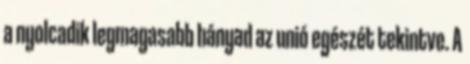
a nyolcadik legmagasabb hányad az unió egészét tekintve. A